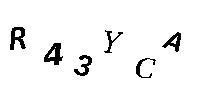
R43YCA